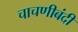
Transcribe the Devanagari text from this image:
चाचणीबंदी